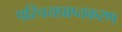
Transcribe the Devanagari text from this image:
परिचयप्राप्तकरण